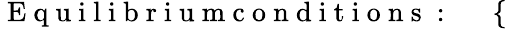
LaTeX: \mathrm{~E~q~u~i~l~i~b~r~i~u~m~c~o~n~d~i~t~i~o~n~s~:~}\quad\left\{ \begin{array}{rl}\end{array}\right.